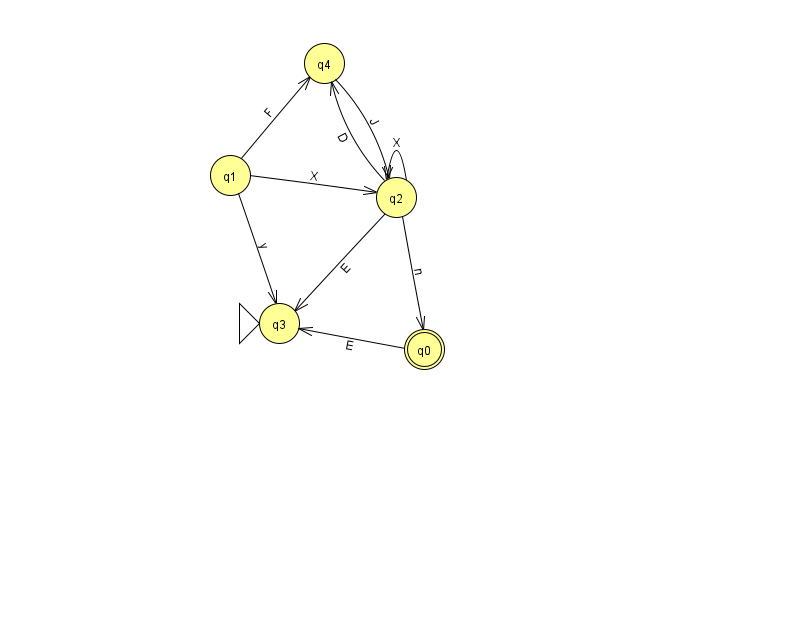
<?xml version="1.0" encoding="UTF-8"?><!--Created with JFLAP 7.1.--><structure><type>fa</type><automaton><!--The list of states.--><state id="0" name="q0"><x>424.0</x><y>336.0</y><final/></state><state id="1" name="q1"><x>230.0</x><y>162.0</y></state><state id="2" name="q2"><x>396.0</x><y>184.0</y></state><state id="3" name="q3"><x>279.0</x><y>310.0</y><initial/></state><state id="4" name="q4"><x>324.0</x><y>50.0</y></state><!--The list of transitions.--><transition><from>2</from><to>0</to><read>n</read></transition><transition><from>1</from><to>4</to><read>F</read></transition><transition><from>2</from><to>4</to><read>D</read></transition><transition><from>2</from><to>3</to><read>E</read></transition><transition><from>2</from><to>2</to><read>X</read></transition><transition><from>0</from><to>3</to><read>E</read></transition><transition><from>1</from><to>2</to><read>X</read></transition><transition><from>1</from><to>3</to><read>y</read></transition><transition><from>4</from><to>2</to><read>J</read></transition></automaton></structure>